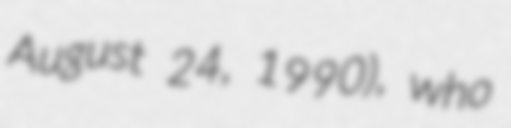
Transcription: August 24, 1990), who